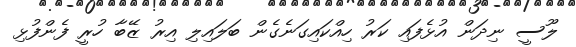
ލޫސީ ނިދަން އުޅެފައި ކަރު ހިއްކައިގަނެގެން ބަލައިލި އިރު ޒޭބާ ހުރީ ފެންފުޅި